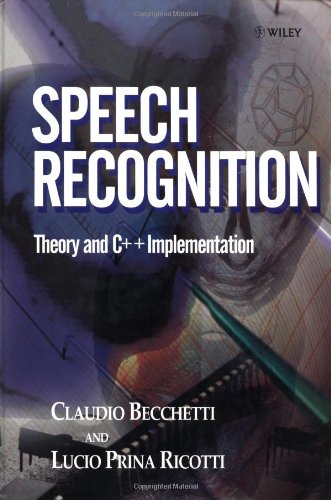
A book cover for Speech Recognition: Theory and C++ Implementation; Claudio Becchetti; Computers & Technology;